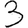
Digit: 3